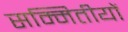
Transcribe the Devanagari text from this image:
सम्मितीयों